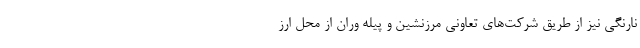
نارنگی نیز از طریق شرکت‌های تعاونی مرزنشین و پیله وران از محل ارز